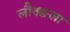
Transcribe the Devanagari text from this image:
लौक्ङला